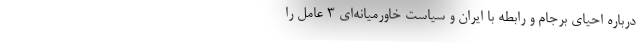
درباره احیای برجام و رابطه با ایران و سیاست خاورمیانه‌ای 3 عامل را